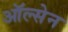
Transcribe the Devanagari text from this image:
ऑल्सेन